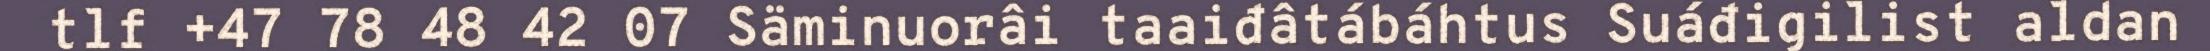
tlf +47 78 48 42 07 Säminuorâi taaiđâtábáhtus Suáđigilist aldan